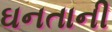
ઘનતાની